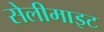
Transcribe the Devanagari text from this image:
सेलीमाइट